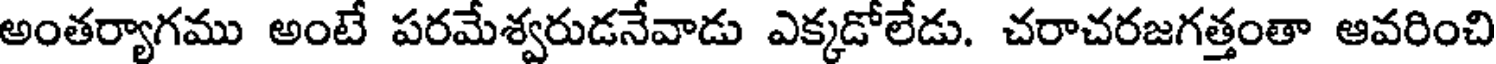
అంతర్యాగము అంటే పరమేశ్వరుడనేవాడు ఎక్కడోలేడు. చరాచరజగత్తంతా ఆవరించి